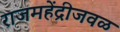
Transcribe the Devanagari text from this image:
राजमहेंद्रीजवळ